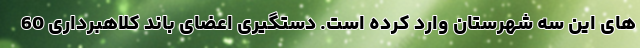
های این سه شهرستان وارد کرده است. دستگیری اعضای باند کلاهبرداری 60